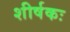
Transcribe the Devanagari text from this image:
शीर्षकः